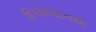
દિલોજાનથી